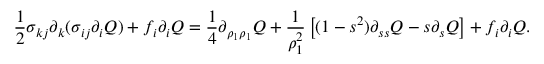
\frac { 1 } { 2 } \sigma _ { k j } \partial _ { k } ( \sigma _ { i j } \partial _ { i } Q ) + f _ { i } \partial _ { i } Q = \frac { 1 } { 4 } \partial _ { \rho _ { 1 } \rho _ { 1 } } Q + \frac { 1 } { \rho _ { 1 } ^ { 2 } } \left[ ( 1 - s ^ { 2 } ) \partial _ { s s } Q - s \partial _ { s } Q \right] + f _ { i } \partial _ { i } Q .